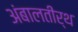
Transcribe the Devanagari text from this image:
अंबालतीर्थ